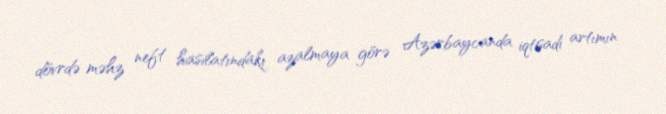
dövrdə məhz neft hasilatındakı azalmaya görə Azərbaycanda iqtisadi artımın